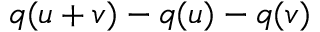
q ( u + v ) - q ( u ) - q ( v )